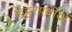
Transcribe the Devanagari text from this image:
कट्टरपंथीयों